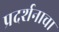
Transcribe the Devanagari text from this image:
प्रदर्शनाचा